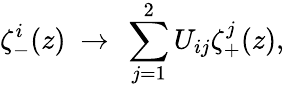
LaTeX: \zeta_{-}^{i}(z)~\rightarrow~\sum_{j=1}^{2}U_{ij}\zeta_{+}^{j}(z),